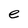
Character: e